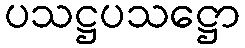
ပသဋ္ဌပသဋ္ဌော